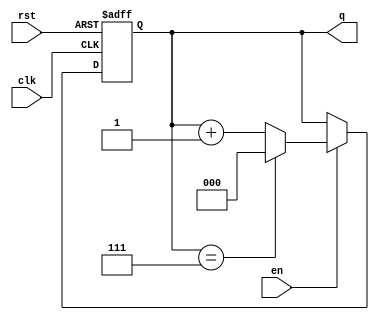
module binary_counter #(
    parameter WIDTH = 3   // Parameter to define the number of bits for the counter
) (
    input wire clk,       // Clock signal
    input wire rst,       // Asynchronous reset signal
    input wire en,        // Enable signal for counting
    output reg [WIDTH-1:0] q // Current count value
);

    // Always block triggered on the rising edge of the clock or reset
    always @(posedge clk or posedge rst) begin
        if (rst) begin
            // Reset: Set the counter to 0
            q <= 0;
        end else if (en) begin
            // Increment the counter if enabled
            // Roll over when max count is reached
            q <= (q == (1 << WIDTH) - 1) ? 0 : q + 1;
        end
    end
endmodule